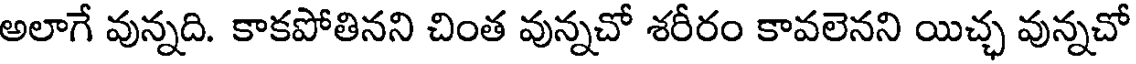
అలాగే వున్నది. కాకపోతినని చింత వున్నచో శరీరం కావలెనని యిచ్ఛ వున్నచో